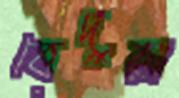
বেদুরা